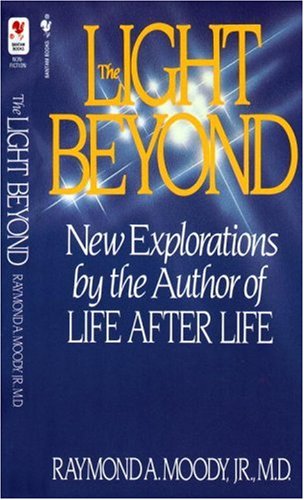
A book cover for The Light Beyond; Raymond Moody; Religion & Spirituality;